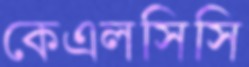
কেএলসিসি